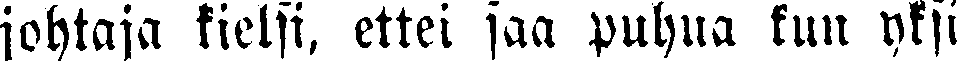
johtaja kielsi, ettei saa puhua kun yksi